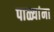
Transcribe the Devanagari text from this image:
पाळ्यांना